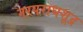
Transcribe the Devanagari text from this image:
नरपराधशूद्र